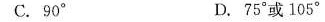
C.90° D.75°或105°